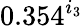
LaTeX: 0.354^{i_{3}}